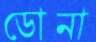
ডোনা